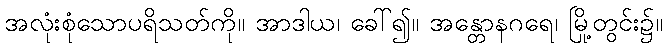
အလုံးစုံသောပရိသတ်ကို။ အာဒါယ၊ ခေါ်၍။ အန္တောနဂရေ၊ မြို့တွင်း၌။